Standards of the constituents of the urine and blood and the bearing of the metabolism of Bengalis on the problems of nutrition - Number 34
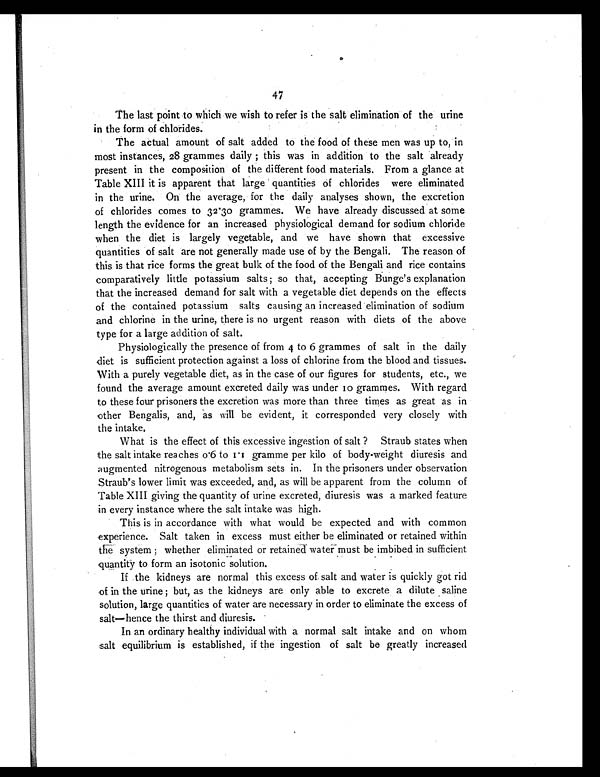
47
The last point to which we wish to refer is the salt elimination of the urine
in the form of chlorides.
The actual amount of salt added to the food of these men was up to, in
most instances, 28 grammes daily ; this was in addition to the salt already
present in the composition of the different food materials. From a glance at
Table XIII it is apparent that large quantities of chlorides were eliminated
in the urine. On the average, for the daily analyses shown, the excretion
of chlorides comes to 32.30 grammes. We have already discussed at some
length the evidence for an increased physiological demand for sodium chloride
when the diet is largely vegetable, and we have shown that excessive
quantities of salt are not generally made use of by the Bengali. The reason of
this is that rice forms the great bulk of the food of the Bengali and rice contains
comparatively little potassium salts ; so that, accepting Bunge's explanation
that the increased demand for salt with a vegetable diet depends on the effects
of the contained potassium salts causing an increased elimination of sodium
and chlorine in the urine, there is no urgent reason with diets of the above
type for a large addition of salt.
Physiologically the presence of from 4 to 6 grammes of salt in the daily
diet is sufficient protection against a loss of chlorine from the blood and tissues.
With a purely vegetable diet, as in the case of our figures for students, etc., we
found the average amount excreted daily was under 10 grammes. With regard
to these four prisoners the excretion was more than three times as great as in
other Bengalis, and, as will be evident, it corresponded very closely with
the intake.
What is the effect of this excessive ingestion of salt? Straub states when
the salt intake reaches 0.6 to 1.1 gramme per kilo of body-weight diuresis and
augmented nitrogenous metabolism sets in. In the prisoners under observation
Straub's lower limit was exceeded, and, as will be apparent from the column of
Table XIII giving the quantity of urine excreted, diuresis was a marked feature
in every instance where the salt intake was high.
This is in accordance with what would be expected and with common
experience. Salt taken in excess must either be eliminated or retained within
die system ; whether eliminated or retained water must be imbibed in sufficient
quantity to form an isotonic solution.
If the kidneys are normal this excess of salt and water is quickly got rid
of in the urine ; but, as the kidneys are only able to excrete a dilute saline
solution, large quantities of water are necessary in order to eliminate the excess of
salt—hence the thirst and diuresis.
In an ordinary healthy individual with a normal salt intake and on whom
salt equilibrium is established, if the ingestion of salt be greatly increased